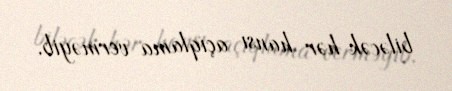
biləcək hər hansı açıqlama verməyib.